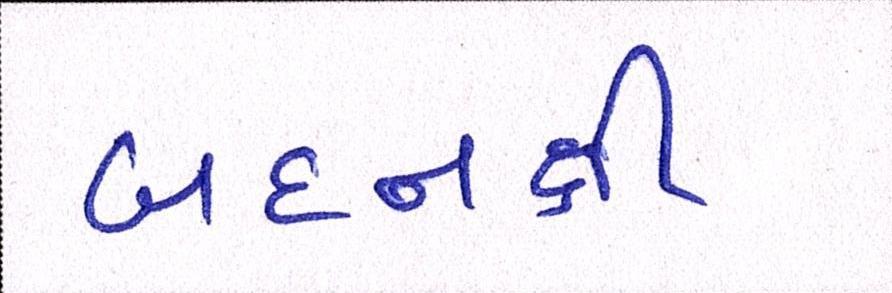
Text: બદનક્ષી